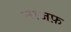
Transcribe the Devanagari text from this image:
नाजफ़